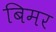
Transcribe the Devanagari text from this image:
बिमर